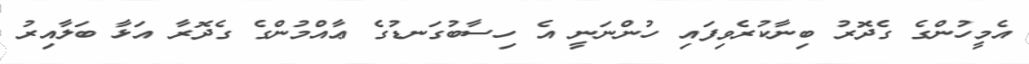
އެމީހުންގެ ގެދޮރު ބިނާކުރެވިފައި ހުންނަނީ އެ ހިސާބުގަނޑުގެ ޢާއްމުންގެ ގެދޮރާ އަޅާ ބަލާއިރު